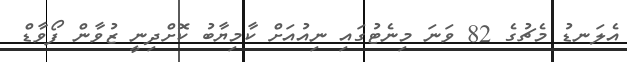
އެލަނޑު މެޗުގެ 82 ވަނަ މިނެޓުގައި ނިއުއަށް ކާމިޔާބު ކޮށްދިނީ ޒުވާން ފޯވާޑް